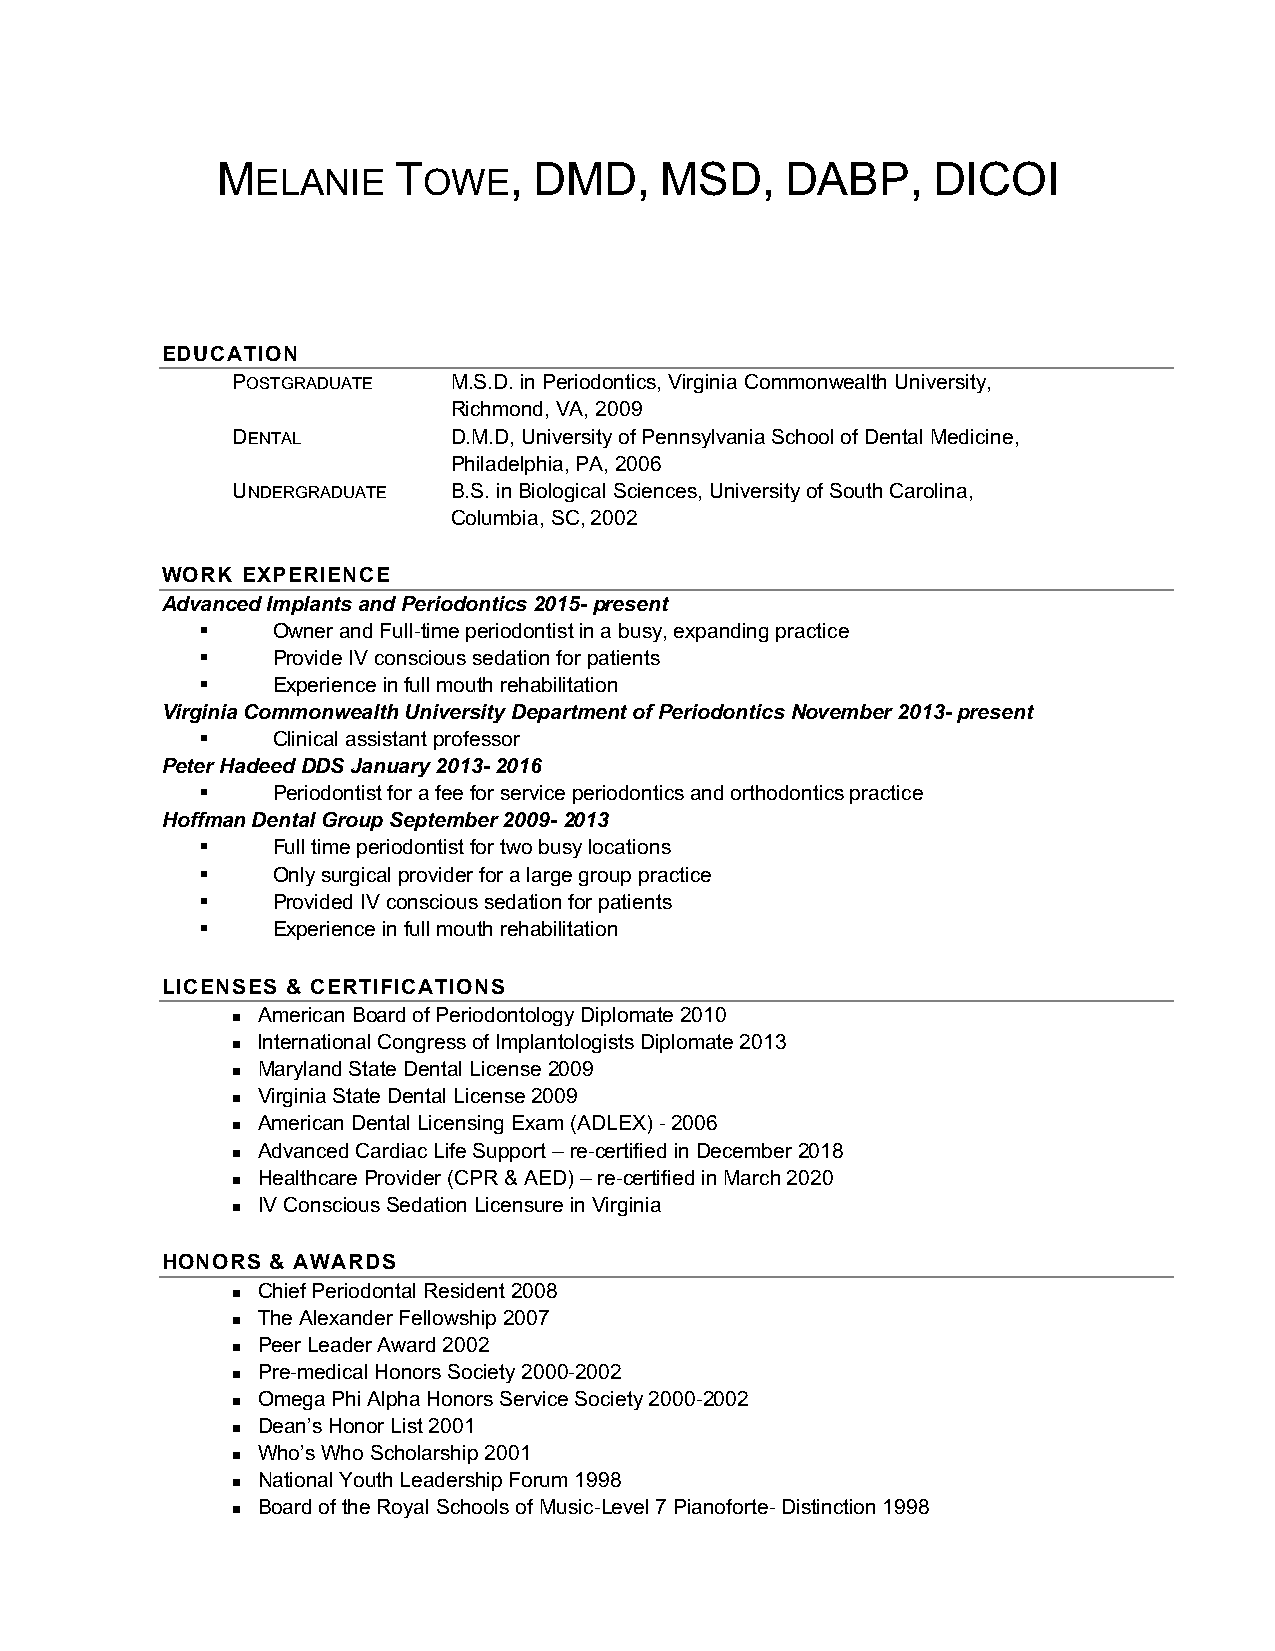
M           T       , DMD,    MSD,    DABP,     DICOI
 ELANIE     OWE
 EDUCATION
 POSTGRADUATE   M.S.D. in Periodontics, Virginia Commonwealth University,
 Richmond, VA, 2009
 DENTAL         D.M.D, University of Pennsylvania School of Dental Medicine,
 Philadelphia, PA, 2006
 UNDERGRADUATE  B.S. in Biological Sciences, University of South Carolina,
 Columbia, SC, 2002
 WORK EXPERIENCE
 Advanced Implants and Periodontics 2015- present
 §    Owner and Full-time periodontist in a busy, expanding practice
 §    Provide IV conscious sedation for patients
 §    Experience in full mouth rehabilitation
 Virginia Commonwealth University Department of Periodontics November 2013- present
 §    Clinical assistant professor
 Peter Hadeed DDS January 2013- 2016
 §    Periodontist for a fee for service periodontics and orthodontics practice
 Hoffman Dental Group September 2009- 2013
 §    Full time periodontist for two busy locations
 §    Only surgical provider for a large group practice
 §    Provided IV conscious sedation for patients
 §    Experience in full mouth rehabilitation
 LICENSES & CERTIFICATIONS
 American Board of Periodontology Diplomate 2010
 n
 International Congress of Implantologists Diplomate 2013
 n
 Maryland State Dental License 2009
 n
 Virginia State Dental License 2009
 n
 American Dental Licensing Exam (ADLEX) - 2006
 n
 Advanced Cardiac Life Support – re-certified in December 2018
 n
 Healthcare Provider (CPR & AED) – re-certified in March 2020
 n
 IV Conscious Sedation Licensure in Virginia
 n
 HONORS & AWARDS
 Chief Periodontal Resident 2008
 n
 The Alexander Fellowship 2007
 n
 Peer Leader Award 2002
 n
 Pre-medical Honors Society 2000-2002
 n
 Omega Phi Alpha Honors Service Society 2000-2002
 n
 Dean’s Honor List 2001
 n
 Who’s Who Scholarship 2001
 n
 National Youth Leadership Forum 1998
 n
 Board of the Royal Schools of Music-Level 7 Pianoforte- Distinction 1998
 n